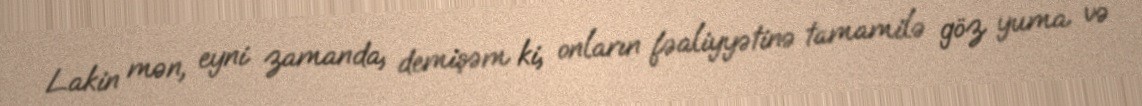
Lakin mən, eyni zamanda, demişəm ki, onların fəaliyyətinə tamamilə göz yuma və